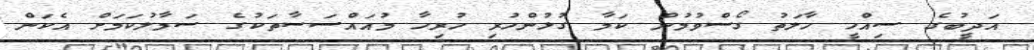
އަދީބުގެ ސިއްހީ ހާލަތު ގޯސްވުުމުން ކަމާ ގުޅުންހުރި ހުރިހާ މުއައްސަސާތަކުގެ ސަމާލުކަމަށް އެކަން